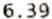
6.39